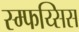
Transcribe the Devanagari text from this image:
स्म्फय्सिस